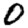
Digit: 0